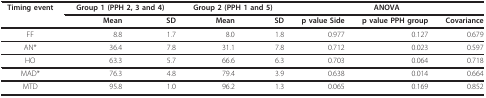
<table><thead><tr><td><b>Timing event</b></td><td colspan="2"><b>Group 1 (PPH 2, 3 and 4)</b></td><td colspan="2"><b>Group 2 (PPH 1 and 5)</b></td><td colspan="3"><b>ANOVA</b></td></tr><tr><td></td><td><b>Mean</b></td><td><b>SD</b></td><td><b>Mean</b></td><td><b>SD</b></td><td><b>p value Side</b></td><td><b>p value PPH group</b></td><td><b>Covariance</b></td></tr></thead><tbody><tr><td>FF</td><td>8.8</td><td>1.7</td><td>8.0</td><td>1.8</td><td>0.977</td><td>0.127</td><td>0.679</td></tr><tr><td>AN*</td><td>36.4</td><td>7.8</td><td>31.1</td><td>7.8</td><td>0.712</td><td>0.023</td><td>0.597</td></tr><tr><td>HO</td><td>63.3</td><td>5.7</td><td>66.6</td><td>6.3</td><td>0.703</td><td>0.064</td><td>0.718</td></tr><tr><td>MAD*</td><td>76.3</td><td>4.8</td><td>79.4</td><td>3.9</td><td>0.638</td><td>0.014</td><td>0.664</td></tr><tr><td>MTD</td><td>95.8</td><td>1.0</td><td>96.2</td><td>1.3</td><td>0.065</td><td>0.169</td><td>0.852</td></tr></tbody></table>